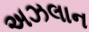
અઝલાન